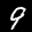
Label: 9